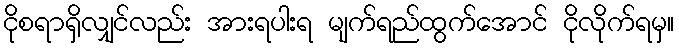
ငိုစရာရှိလျှင်လည်း အားရပါးရ မျက်ရည်ထွက်အောင် ငိုလိုက်ရမှ။